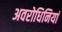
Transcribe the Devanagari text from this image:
अवरोधिनियां